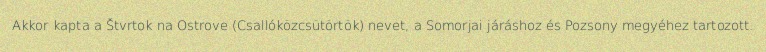
Akkor kapta a Štvrtok na Ostrove (Csallóközcsütörtök) nevet, a Somorjai járáshoz és Pozsony megyéhez tartozott.